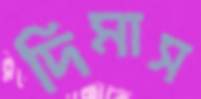
দিমাস